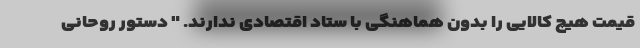
قیمت هیچ کالایی را بدون هماهنگی با ستاد اقتصادی ندارند. " دستور روحانی